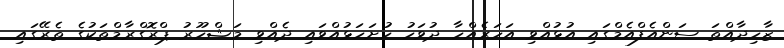
ޒާހިދާއްތަ ސަންއެފްއެމްގައި އުޅުއްވި އަހަރެއްހާ ދުވަހު ހުށަހަޅުއްވައި ދެއްވި މަޝްހޫރު ޕްރޮގްރާމްތަކުގެ ތެރޭގައި